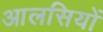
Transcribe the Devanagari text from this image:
आलसियों